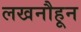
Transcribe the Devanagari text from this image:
लखनौहून